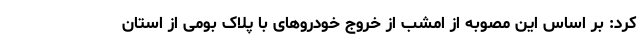
کرد: بر اساس این مصوبه از امشب از خروج خودروهای با پلاک بومی از استان